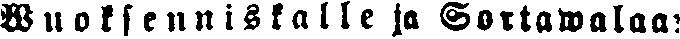
Wuoksenniskalle ja Sortawalaa: